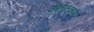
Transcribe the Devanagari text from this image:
कीर्तनकारों